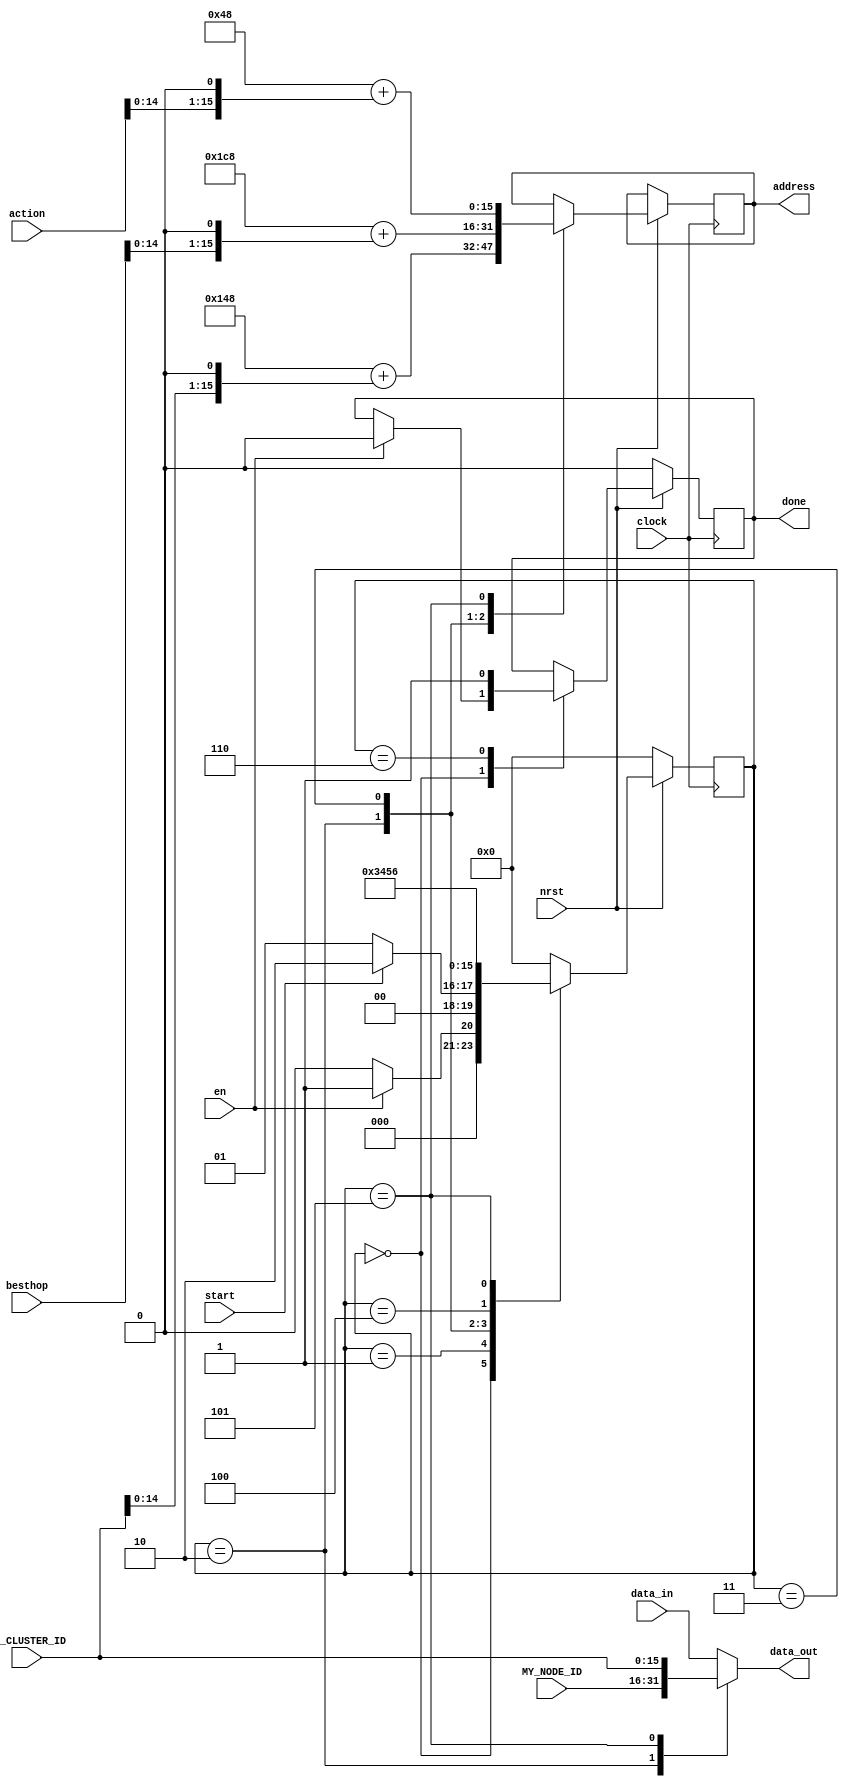
`timescale 1ns/1ps
`define MEM_DEPTH  2048
`define MEM_WIDTH  8
`define WORD_WIDTH 16
`define CLOCK_PD 20

module reward(clock, nrst, en, start, MY_NODE_ID, MY_CLUSTER_ID, action, besthop, address, data_in, data_out, done);

    input clock, nrst, start, en;
    input [`WORD_WIDTH-1:0] MY_NODE_ID, MY_CLUSTER_ID, action, besthop, data_in;
    output [`WORD_WIDTH-1:0] data_out, address;
    output done;

    // Registers
    reg [`WORD_WIDTH-1:0] address_count;
    reg [`WORD_WIDTH-1:0] data_out_buf;
    reg done_buf;

    reg [3:0] state;
    always @ (posedge clock) begin
        if (!nrst) begin
            state <= 0;
            done_buf <= 0;
        end
        else begin
            case (state)
                4'd0: begin
                    if (en) begin
                        state <= 1;
                        done_buf <= 0;
                    end
                    else
                        state <= 0;
                end
                4'd1: begin
                    if (start) begin
                        state <= 2;
                    end
                    else
                        state <= 1;
                end
                4'd2: begin
                    state <= 3;
                    address_count = 16'h148 + {MY_CLUSTER_ID[14:0], 1'd0};
                end
                4'd3: begin
                    state <= 4;
                    address_count =  16'h1C8 + {besthop[14:0], 1'd0};
                end
                4'd4: begin
                    state <= 5;
                end
                4'd5: begin
                    state <= 6;
                    address_count = 16'h48 + {action[14:0], 1'd0};
                end
                4'd6: begin
                    state <= 0;
                    done_buf <= 1;
                end
                default: begin
                    state <= 0;
                end
            endcase
        end
    end

    always @ (*) begin
        case (state)
            2: data_out_buf = MY_NODE_ID;
            5: data_out_buf = MY_CLUSTER_ID;
            default: data_out_buf = data_in;
        endcase
    end

    assign data_out = data_out_buf;
    assign done = done_buf;
    assign address = address_count;
endmodule